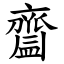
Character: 齍